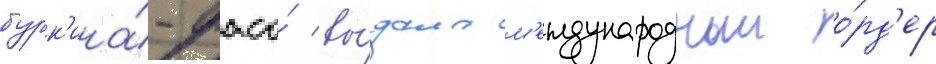
бурк'ина́-фасо́ вы́дала м'еждународныи о́рд'ер